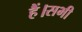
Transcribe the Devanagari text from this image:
हैं।सभी